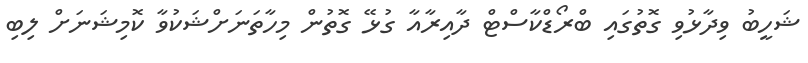
ޝަހީބު ވިދާޅުވި ގޮތުގައި ބްރޯޑްކާސްޓް ދާއިރާއާ ގުޅޭ ގޮތުން މިހާތަނަށްްޝަކުވާ ކޮމިޝަނަށް ލިބި